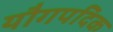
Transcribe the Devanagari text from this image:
यौगपदिक